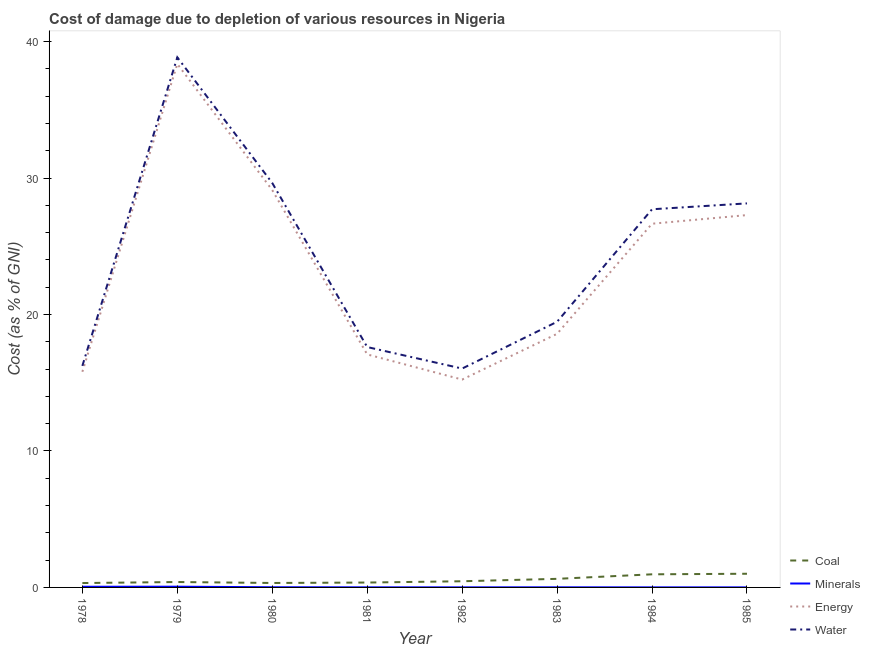
| Year | Coal | Minerals | Energy | Water |
 | --- | --- | --- | --- | --- |
 | 1978 | 0.321 | 0.0496 | 15.8 | 16.2 |
 | 1979 | 0.397 | 0.0543 | 38.4 | 38.9 |
 | 1980 | 0.326 | 0.0139 | 29.1 | 29.6 |
 | 1981 | 0.358 | 0.0071 | 17.1 | 17.6 |
 | 1982 | 0.453 | 0.00598 | 15.2 | 16 |
 | 1983 | 0.629 | 0.00791 | 18.6 | 19.5 |
 | 1984 | 0.961 | 0.00536 | 26.7 | 27.7 |
 | 1985 | 1 | 0.00449 | 27.3 | 28.1 |